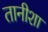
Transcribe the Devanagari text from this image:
तानीशा